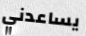
يساعدني